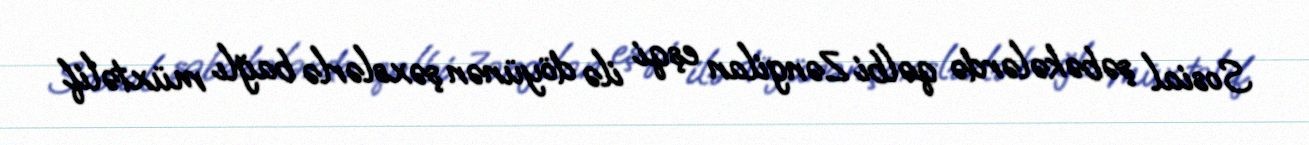
Sosial şəbəkələrdə qəlbi Zəngilan eşqi ilə döyünən şəxslərlə bağlı müxtəlif